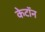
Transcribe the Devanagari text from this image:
केटॉन